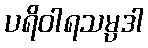
ပရိဝါရသမ္ပဒါ